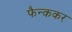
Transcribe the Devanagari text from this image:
फैन्ककर